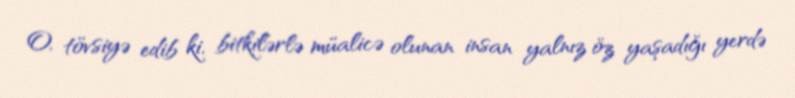
O, tövsiyə edib ki, bitkilərlə müalicə olunan insan yalnız öz yaşadığı yerdə